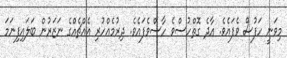
މިވަނީ ހަފުސް ވެފައެވެ. އާދެ ގޮތްހުސްވެ ހާސްވެފައެވެ. ދިރުމެއްހުރި އެއްޗެއްގެ ނަޒަރުން ބަލައިފިނަމަ